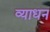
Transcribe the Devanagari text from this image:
व्याधन